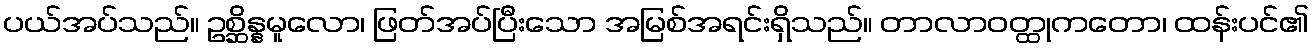
ပယ်အပ်သည်။ ဥစ္ဆိန္နမူလော၊ ဖြတ်အပ်ပြီးသော အမြစ်အရင်းရှိသည်။ တာလာဝတ္ထုကတော၊ ထန်းပင်၏